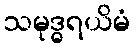
သမုဒ္ဓရယိမံ